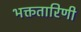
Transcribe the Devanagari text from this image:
भक्ततारिणी